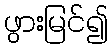
ဖွားမြင်၍